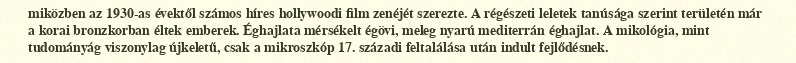
miközben az 1930-as évektől számos híres hollywoodi film zenéjét szerezte. A régészeti leletek tanúsága szerint területén már a korai bronzkorban éltek emberek. Éghajlata mérsékelt égövi, meleg nyarú mediterrán éghajlat. A mikológia, mint tudományág viszonylag újkeletű, csak a mikroszkóp 17. századi feltalálása után indult fejlődésnek.